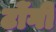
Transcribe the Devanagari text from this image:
टोंगी